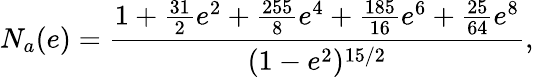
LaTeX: N_{a}(e)=\frac{1+\frac{31}{2}e^{2}+\frac{255}{8}e^{4}+\frac{185}{16}e^{6}+\frac{25}{64}e^{8}}{(1-e^{2})^{15/2}},